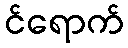
င်ရောက်